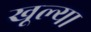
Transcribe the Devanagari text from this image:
खूल्या